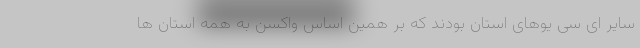
سایر ای سی یوهای استان بودند که بر همین اساس واکسن به همه استان ها